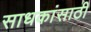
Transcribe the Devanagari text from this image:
साधकांसाठी